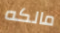
مالكه